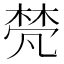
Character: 𬃕